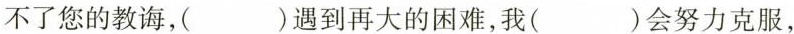
不了您的教诲，( )遇到再大的困难，我( )会努力克服，